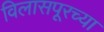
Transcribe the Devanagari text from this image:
विलासपूरच्या